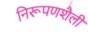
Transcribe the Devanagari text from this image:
निरूपणशैली